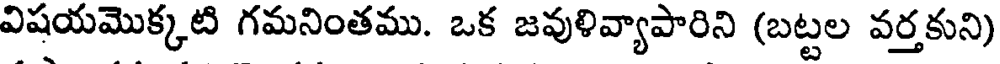
విషయమొక్కటి గమనింతము. ఒక జవుళివ్యాపారిని (బట్టల వర్తకుని)